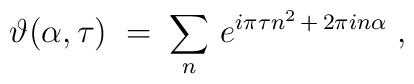
\vartheta (\alpha , \tau) \;=\; \sum_n \, e^{ i \pi \tau n^2 \,+\,2 \pi i n \alpha} \;,